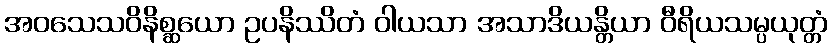
အဝသေသဝိနိစ္ဆယော ဥပနိဿိတံ ဝါယသာ အသာဒိယန္တိယာ ဝီရိယသမ္ပယုတ္တံ